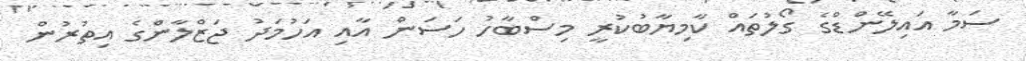
ސަމާ އައިލޭންޑްގެ ގޯލުތައް ކާމިޔާބުކުރީ މިސްބާހު ހަސަން އާއި އަހުމަދު ޖަޒްލާންގެ އިތުރުން